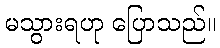
မသွားရဟု ပြောသည်။